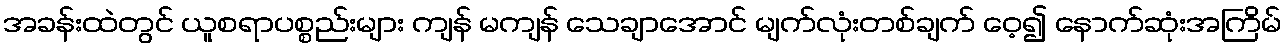
အခန်းထဲတွင် ယူစရာပစ္စည်းများ ကျန် မကျန် သေချာအောင် မျက်လုံးတစ်ချက် ဝေ့၍ နောက်ဆုံးအကြိမ်